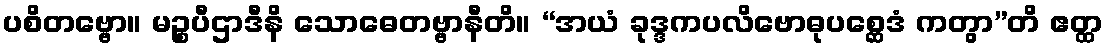
ပစိတဗ္ဗော။ မဉ္စပီဌာဒီနိ သောဓေတဗ္ဗာနီတိ။ “အယံ ခုဒ္ဒကပလိဗောဓုပစ္ဆေဒံ ကတွာ”တိ ဧတ္ထ